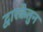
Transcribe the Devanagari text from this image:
द्वारकेतुन